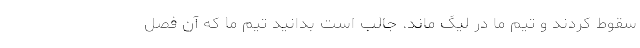
سقوط کردند و تیم ما در لیگ ماند. جالب است بدانید تیم ما که آن فصل